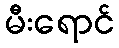
မီးရောင်